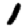
Digit: 1